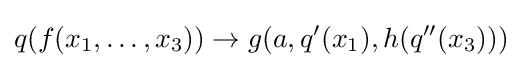
q(f(x_{1},\dots ,x_{3}))\to g(a,q'(x_{1}),h(q''(x_{3})))